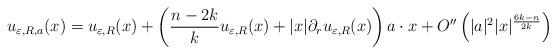
LaTeX: \begin{align*}u_{\varepsilon,R,a}(x) = u_{\varepsilon,R}(x)+\left(\frac{n-2k}{k}u_{\varepsilon,R}(x)+ |x| \partial_ru_{\varepsilon,R}(x)\right)a\cdot x+O''\left(|a|^2|x|^{\frac{6k-n}{2k}}\right)\end{align*}